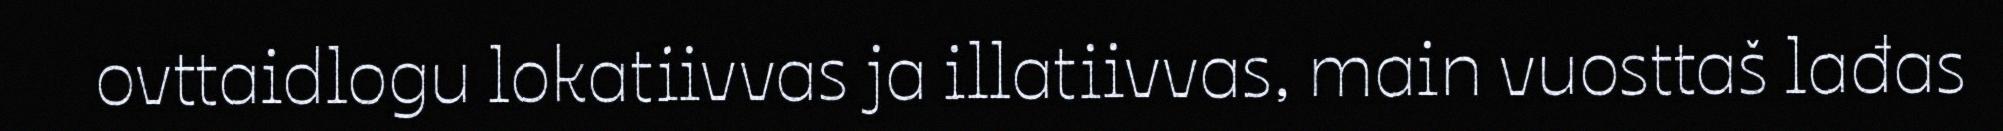
ovttaidlogu lokatiivvas ja illatiivvas, main vuosttaš lađas